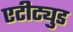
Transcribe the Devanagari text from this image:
एटीट्युड